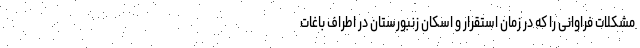
مشکلات فراوانی را که در زمان استقرار و اسکان زنبورستان در اطراف باغات